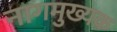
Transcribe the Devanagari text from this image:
नागमुख्यक